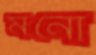
মনো